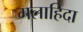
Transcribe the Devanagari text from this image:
मलाहिदा